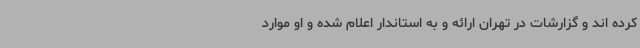
کرده اند و گزارشات در تهران ارائه و به استاندار اعلام شده و او موارد